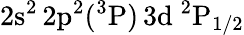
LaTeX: \mathrm{2s^{2}\, 2p^{2}(^{3}P)\, 3d~^{2}P_{1/2}}